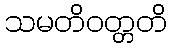
သမတိဝတ္တတိ